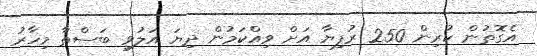
އެގޮތުން ކުރިން 250 ރުފިޔާ އަށް ވިއްކަމުން ދިޔަ އަލުވި ބަސްތާ މިހާރު